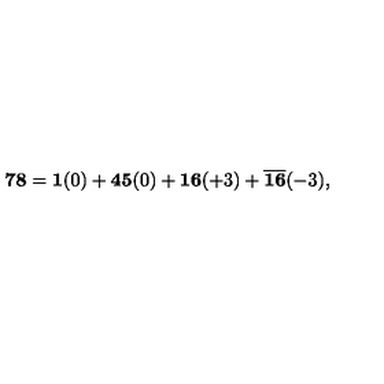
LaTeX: { \bf 7 8 } = { \bf 1 } ( 0 ) + { \bf 4 5 } ( 0 ) + { \bf 1 6 } ( + 3 ) + { \overline { { \bf 1 6 } } } ( - 3 ) ,